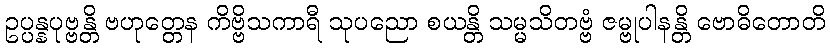
ဥပ္ပန္နပုဗ္ဗန္တိ ဗဟုတ္တေန ကိဗ္ဗိသကာရီ သုပညော စယန္တိ သမ္မသိတဗ္ဗံ ဇမ္ဗုပါနန္တိ ဗောဓိတောတိ